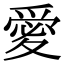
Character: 𭐫